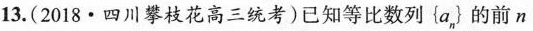
13.(2018·四川攀枝花高三统考)已知等比数列\left \{a_{n}\right \} 的前n